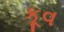
કૂવ